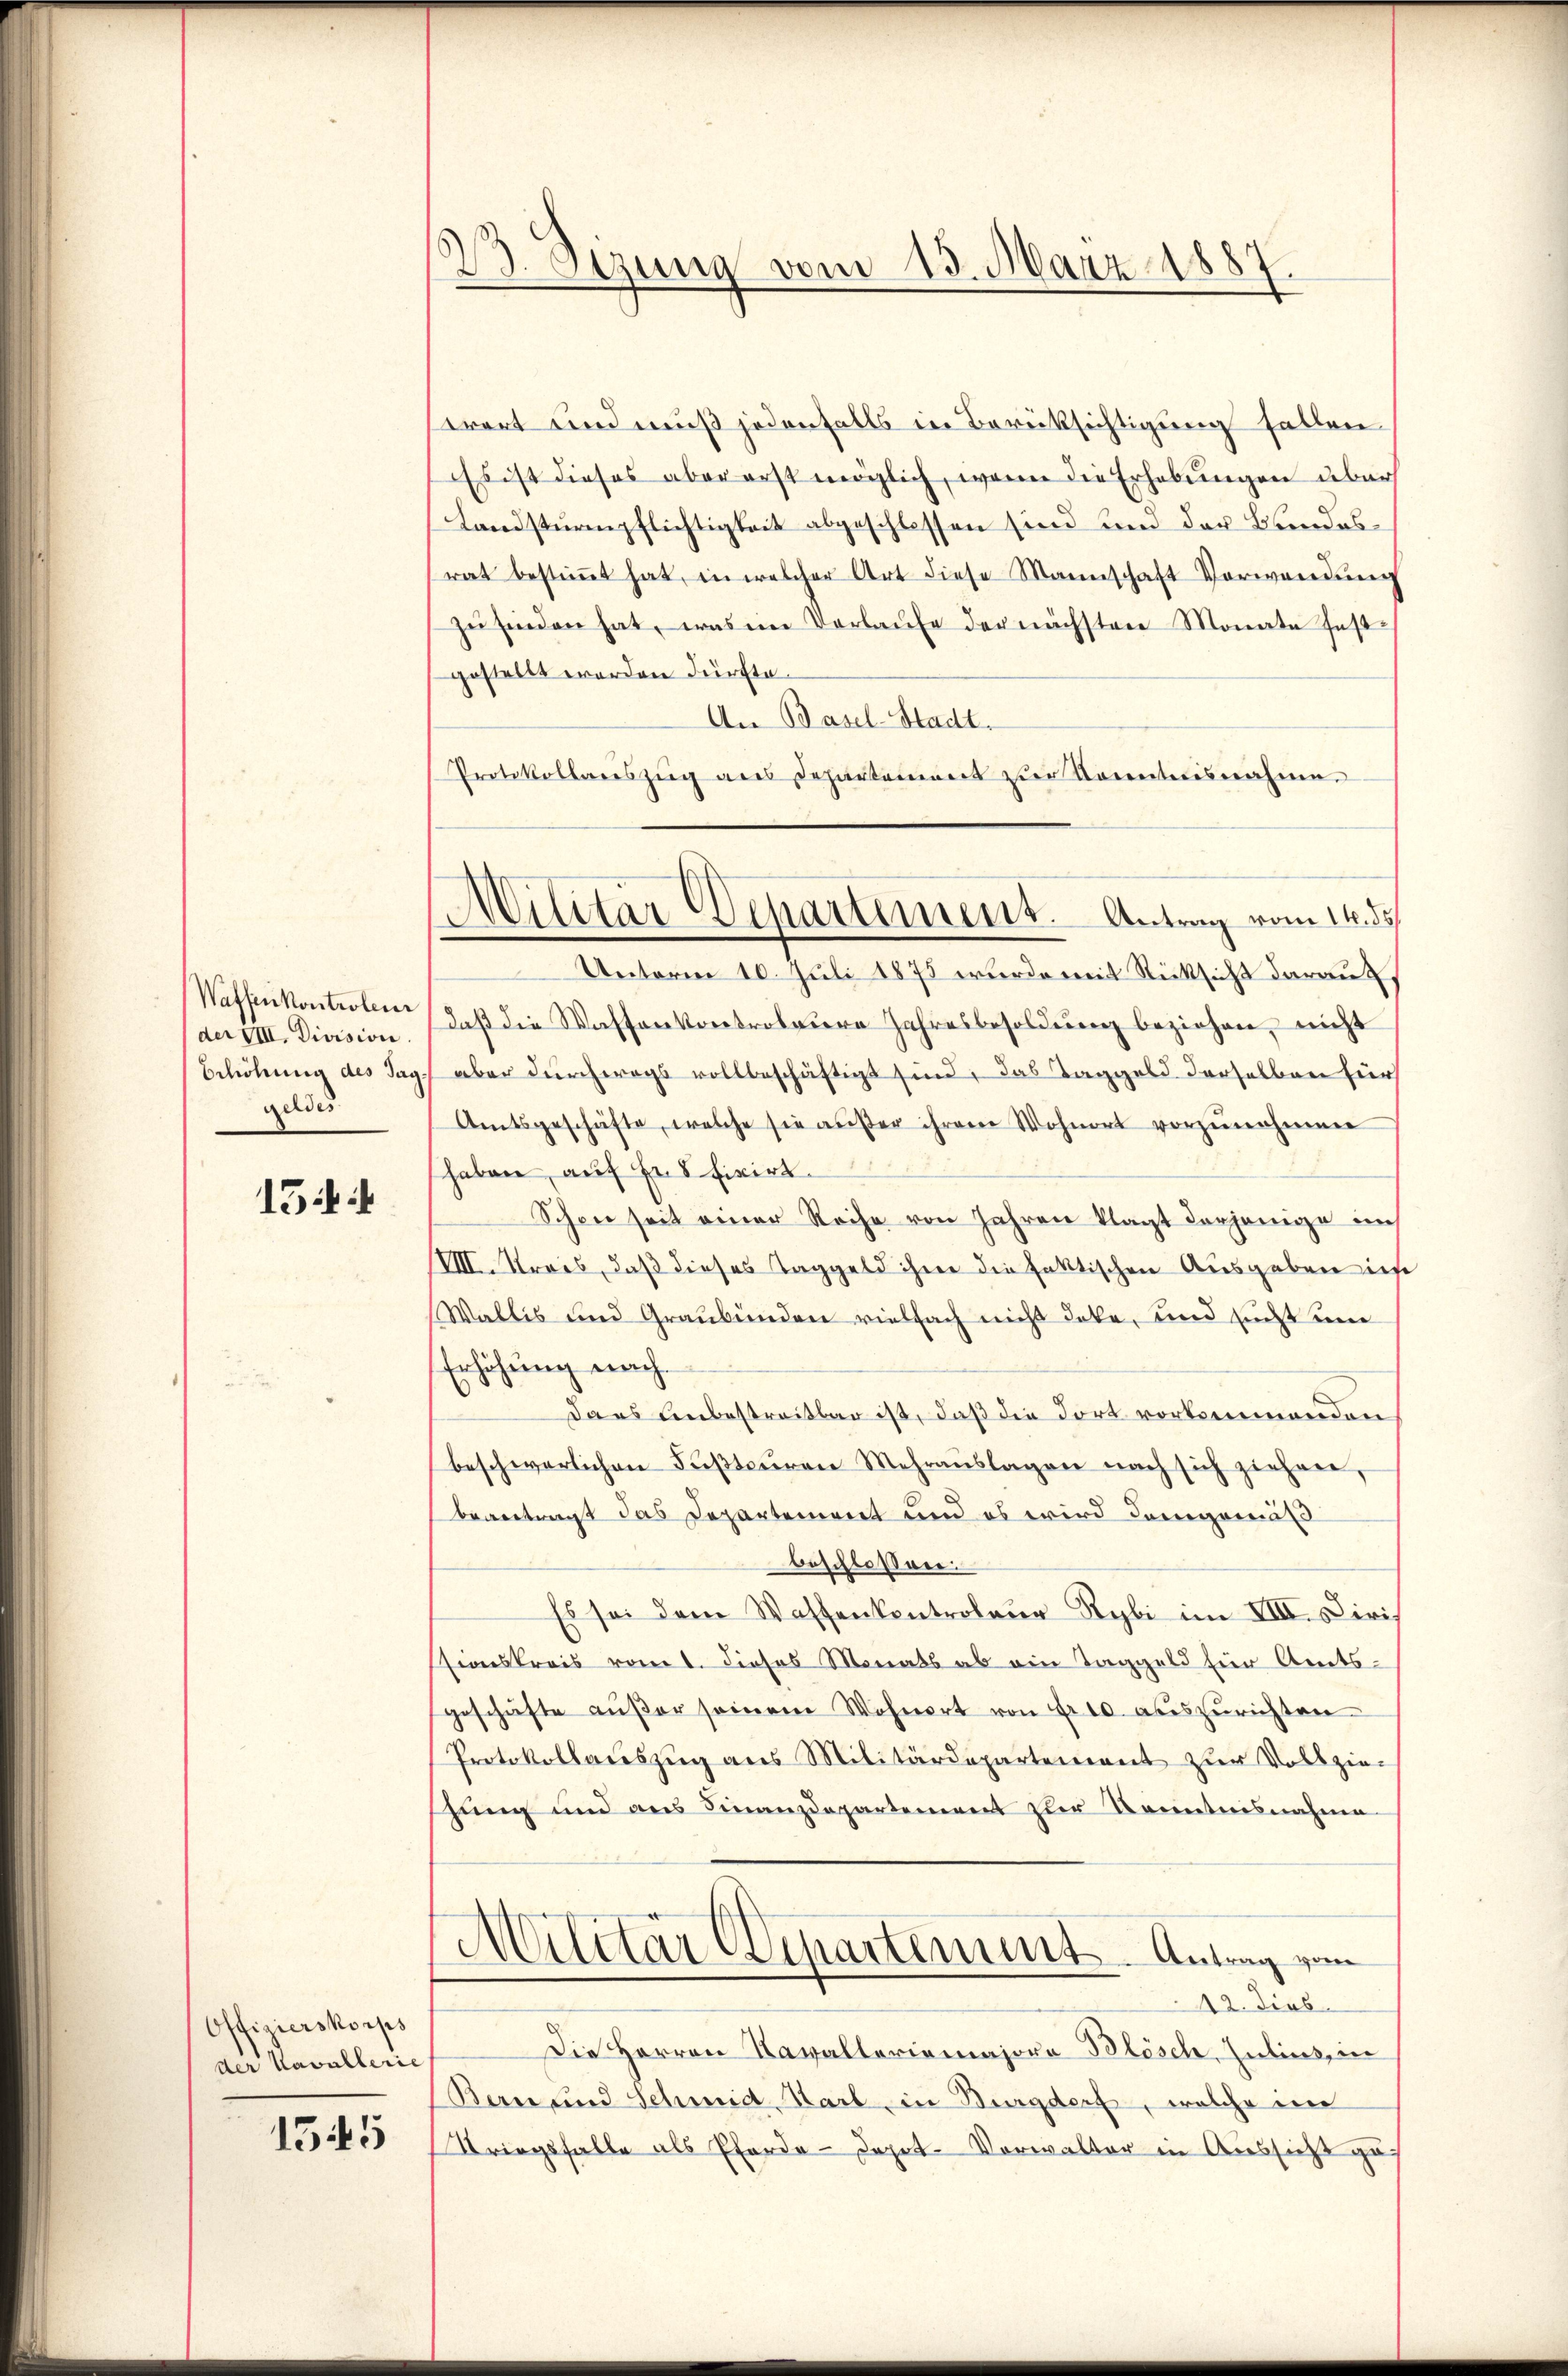
Waffenkontroleur
der VIII. Division.
Erhöhung des Taggeldes

154

Offizierskorps
der Kavallerie

1345

23. Sizung vom 13. März 1887.

trort und muß jedenfalls in Berüksichtigung fallen
Es ist dieses aber erst möglich, wenn die Erhebungen über
Landsturmpflichtigkeit abgeschlossen sind und der Bundesrat bestiṁt hat, in welcher Art diese Mannschaft Verwendŭng
zŭ finden hat, was im Verlaufe der nächsten Monate fest-
gestellt worden dürfte.
An Basel-Stadt.
Protokollarszŭg aus Departement zur Kenntnisnahme.
Unterm 10. Juli 1875 wurde mit Rücksicht darauf
daß die Waffenkontrobarere Jahresbesoldung beziehen, nicht
aber durchwegs vollbeschäftigt sind, das Taggeld derselben für
Amtsgeschäfte, welche sie aŭβer ihrem Wohnort vorzŭnehmen
haben, auf Er fixirt.
Schon seit einer Reihe von Jahren klagt derjenige i
VIII. Streis, daß dieses Taggeld ihne die faktischen Ausgaben ich
Wallis und Graubünden vielfach nicht dote, und sicht um
Erhöhung nach
dans unbestreitbar ist, daß die dort vorkommenden
beschwerlichen Faβteŭren Mehraŭslagen nach sich ziehen,
beantragt das Departement und es wird demgemäld
beschloßen:
Es sei dem Wassenkontroleur Rybi im VIII. Ciris
stionskreis vom 1. Dieses Monats ab ein Taggeld fier Amtsgeschäfte aŭβer seinem Wohnort von Fr. 10. auszurichten
Protokollauszug aus Militärdepartement zur Vollzie-
hung und aus Finanzdepartement zur Kenntnisnahme
d
Aitar Departement. Antrag von
12. Jius.
Die Herren Navaltariamajora Blösch, Julius, in
Bern und Schmid, Karl in Burgdorf, welche im
Striegsfalle als Pferde-Depot- Vorwalter in Aussicht ge-

Militär Departement. Antrag vom 14. ds.